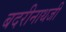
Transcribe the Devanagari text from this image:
बदरीनाथजी